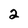
Character: 2